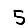
Digit: 5